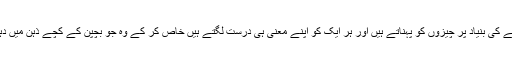
معنی تو ہم خود اپنے اپنے تجربے کی بنیاد پر چیزوں کو پہناتے ہیں اور ہر ایک کو اپنے معنی ہی درست لگتے ہیں خاص کر کے وہ جو بچپن کے کچے ذہن میں دہر ا دہرا کر بٹھا دئیے گئے ہوں۔